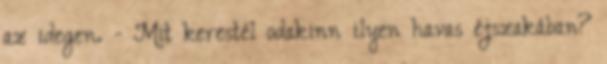
az idegen. - Mit kerestél odakinn ilyen havas éjszakában?